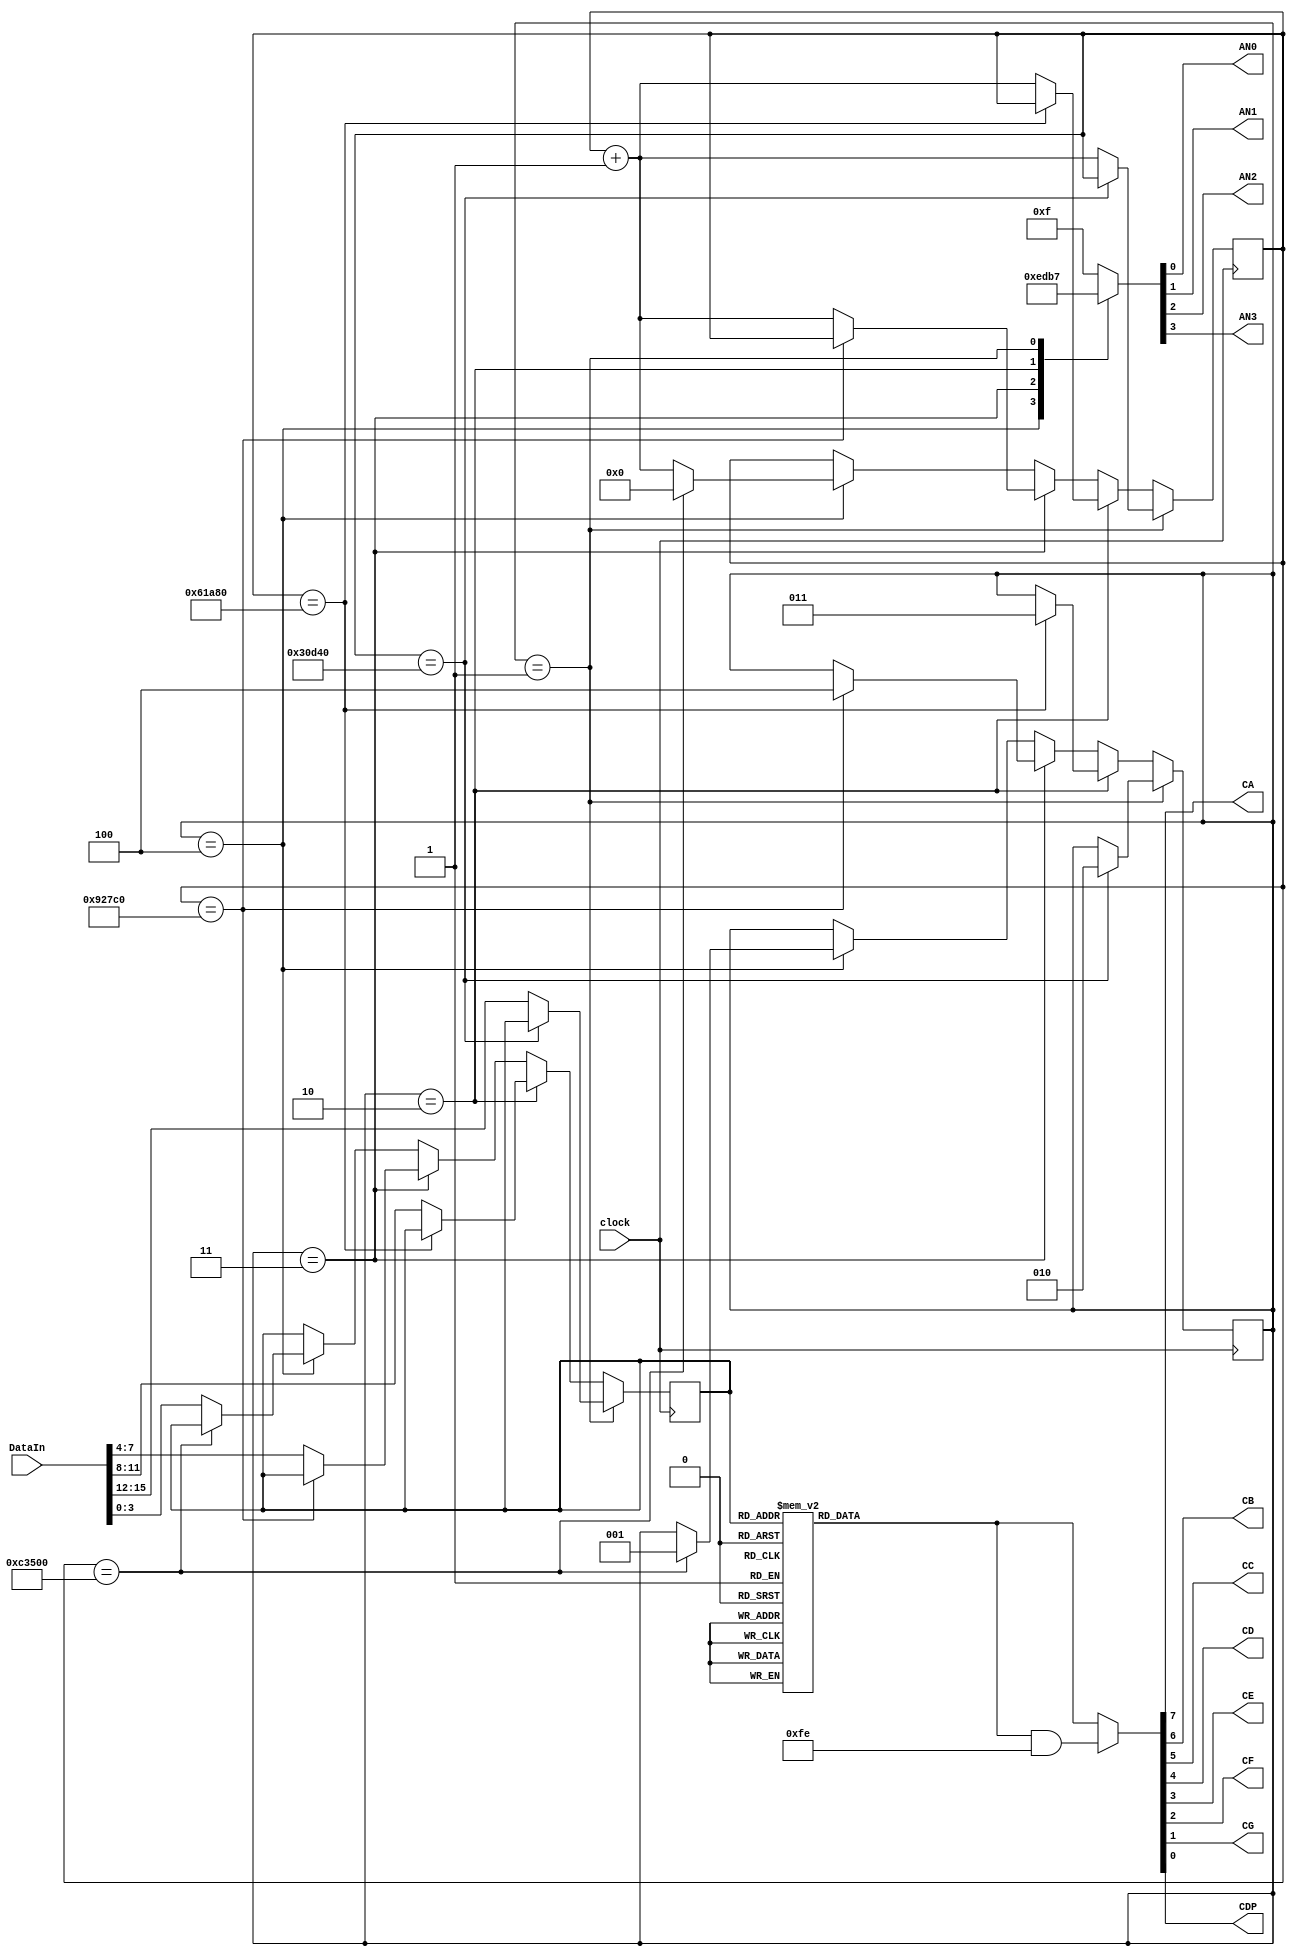
module SevenSegDec (clock,DataIn, AN0, AN1, AN2, AN3, CA, CB, CC, CD, CE, CF, CG, CDP);
input [15:0] DataIn;  
input clock;
output AN0, AN1, AN2, AN3, CA, CB, CC, CD, CE, CF, CG, CDP;
reg [7:0] cathodedata; 
reg [3:0] anodedata; 
reg [2:0] digit = 1;
reg [3:0] data;
reg setdp;
reg [19:0] counter = 0;
assign CA = cathodedata [7];
assign CB = cathodedata [6];
assign CC = cathodedata [5];
assign CD = cathodedata [4];
assign CE = cathodedata [3];
assign CF = cathodedata [2];
assign CG = cathodedata [1];
assign CDP = cathodedata [0];
assign AN3 = anodedata [3];
assign AN2 = anodedata [2];
assign AN1 = anodedata [1];
assign AN0 = anodedata [0];
always@(negedge clock)
begin
    if (digit == 1)
        begin
            if (counter == 200_000)
                begin
                    digit = 2;
                end
            else
                begin
                counter = counter + 1;
                data = DataIn[15:12];
                end
        end
    else if (digit == 2)
        begin
            if (counter == 400_000)
                begin
                    digit = 3;
                end
            else
                begin
                    counter = counter + 1;
                    data = DataIn[11:8];
                end
        end
    else if (digit == 3)
        begin
            if (counter == 600_000)
                begin
                    digit = 4;
                end
            else
                begin
                    counter = counter + 1;
                    data = DataIn[7:4];
                end
        end
    else if (digit == 4)
        begin
            if (counter == 800_000)
                begin
                    digit = 1;
                    counter = 0;
                end 
            else
                begin
                    counter = counter + 1;
                    data = DataIn[3:0];
                end
        end 
end
always @ (*)
begin
    case (data)
        4'd0: cathodedata = 8'b00000011; 
        4'd1: cathodedata = 8'b10011111; 
        4'd2: cathodedata = 8'b00100101; 
        4'd3: cathodedata = 8'b00001101; 
        4'd4: cathodedata = 8'b10011001; 
        4'd5: cathodedata = 8'b01001001; 
        4'd6: cathodedata = 8'b01000001; 
        4'd7: cathodedata = 8'b00011111; 
        4'd8: cathodedata = 8'b00000001; 
        4'd9: cathodedata = 8'b00001001; 
        4'd10: cathodedata = 8'b00010001; 
        4'd11: cathodedata = 8'b11000001; 
        4'd12: cathodedata = 8'b01100011; 
        4'd13: cathodedata = 8'b10000101; 
        4'd14: cathodedata = 8'b00100001; 
        4'd15: cathodedata = 8'b01110001; 
        default: cathodedata = 8'b11111111; 
    endcase
    if (setdp == 1) 
        cathodedata = cathodedata & 8'hFE;
    case(digit)
        0: anodedata = 4'b1111; 
        4: anodedata = 4'b1110; 
        3: anodedata = 4'b1101; 
        2: anodedata = 4'b1011; 
        1: anodedata = 4'b0111; 
        default:
        anodedata = 4'b1111; 
    endcase
end 
endmodule